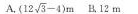
A. $$( 1 2 \sqrt { 3 } - 4 )m$$ B.12m